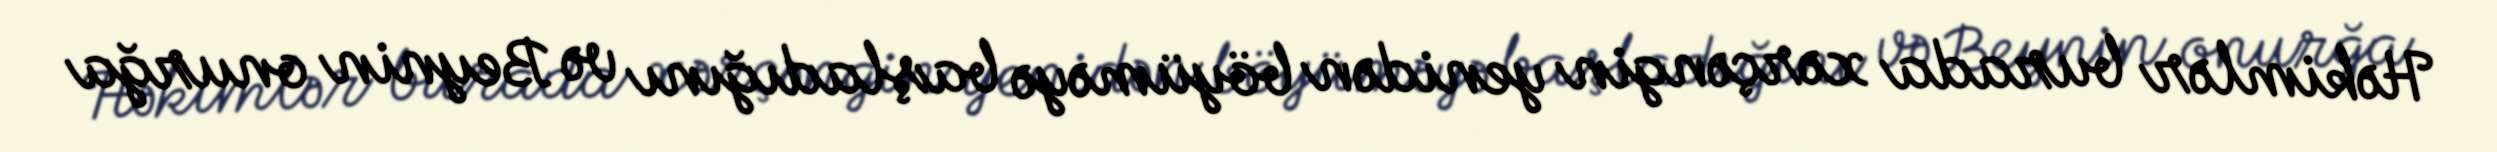
Həkimlər burada xərçəngin yenidən böyüməyə başladığını və Beynin onurğa